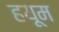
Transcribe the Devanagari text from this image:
हयूम